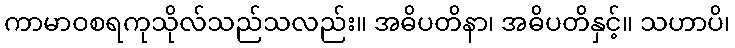
ကာမာဝစရကုသိုလ်သည်သလည်း။ အဓိပတိနာ၊ အဓိပတိနှင့်။ သဟာပိ၊